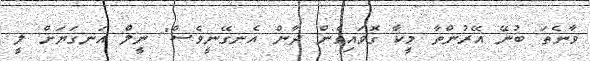
ވާނެތަ ބުނޭ އޭރުންތާ މީކާ ގޮވައިގެން ދާން އެނގޭނީވެސް" ނީލް އަނގަޔަށް ލީ